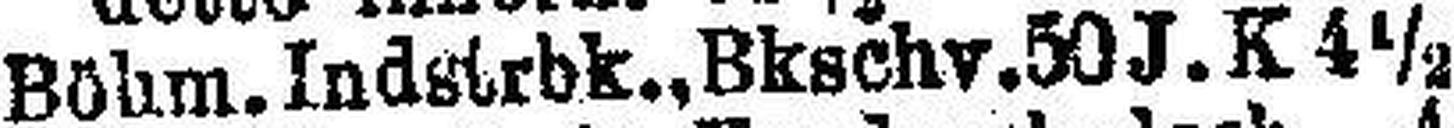
Böhm. Indstrbk., Bkschv. 50 J. K 4½